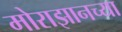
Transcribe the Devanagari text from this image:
मोराझानच्या